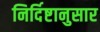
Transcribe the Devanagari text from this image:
निर्दिष्टानुसार